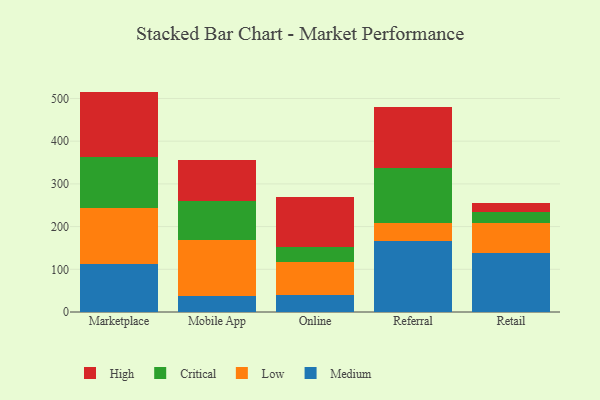
{"axis": {"x": "Channel", "y": "Production Output"}, "legend": ["Critical", "High", "Low", "Medium"], "data": [{"x": "Marketplace", "y": 112.5, "type": "Medium"}, {"x": "Marketplace", "y": 129.9, "type": "Low"}, {"x": "Marketplace", "y": 119.9, "type": "Critical"}, {"x": "Marketplace", "y": 153.8, "type": "High"}, {"x": "Mobile App", "y": 38.5, "type": "Medium"}, {"x": "Mobile App", "y": 130.3, "type": "Low"}, {"x": "Mobile App", "y": 92.3, "type": "Critical"}, {"x": "Mobile App", "y": 94.5, "type": "High"}, {"x": "Online", "y": 39.4, "type": "Medium"}, {"x": "Online", "y": 78.4, "type": "Low"}, {"x": "Online", "y": 33.4, "type": "Critical"}, {"x": "Online", "y": 117.6, "type": "High"}, {"x": "Referral", "y": 166.4, "type": "Medium"}, {"x": "Referral", "y": 42.9, "type": "Low"}, {"x": "Referral", "y": 128.8, "type": "Critical"}, {"x": "Referral", "y": 142.0, "type": "High"}, {"x": "Retail", "y": 137.4, "type": "Medium"}, {"x": "Retail", "y": 71.1, "type": "Low"}, {"x": "Retail", "y": 26.8, "type": "Critical"}, {"x": "Retail", "y": 18.9, "type": "High"}]}